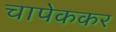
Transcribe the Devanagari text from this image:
चापेककर